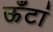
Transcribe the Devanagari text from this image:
ऊँटां